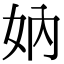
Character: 妠